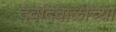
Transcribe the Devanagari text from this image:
देवदिवाळीच्या